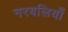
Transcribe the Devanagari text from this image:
नरबलियाँ